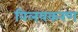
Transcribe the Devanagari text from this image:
विलयकरण